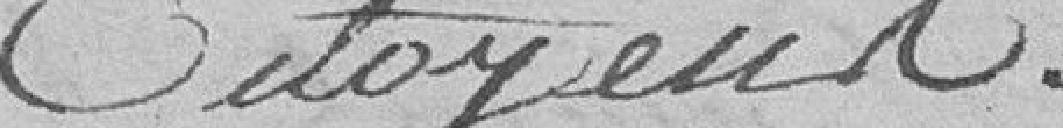
citoyens.